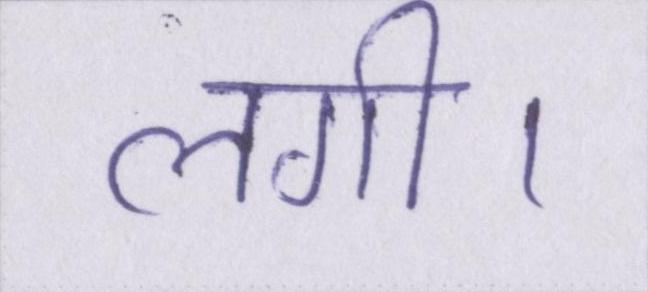
लगी।